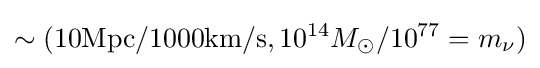
\sim (\mathrm {10Mpc/1000km/s} ,10^{14}M_{\odot }/10^{77}=m_{\nu })